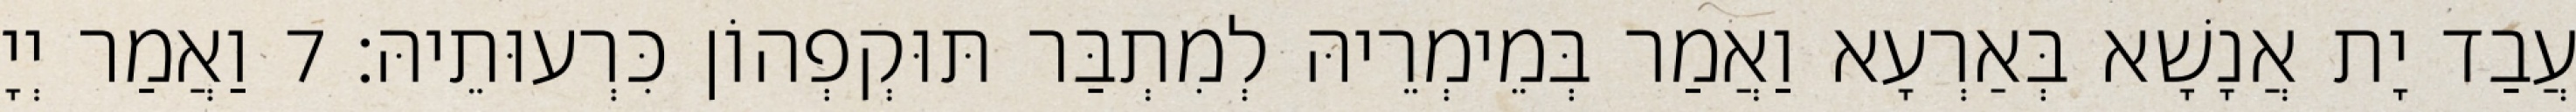
עֲבַד יָת אֲנָשָׁא בְּאַרְעָא וַאֲמַר בְּמֵימְרֵיהּ לְמִתְבַּר תּוּקְפְהוֹן כִּרְעוּתֵיהּ׃ 7 וַאֲמַר יְיָ